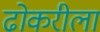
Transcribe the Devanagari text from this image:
ढोकरीला